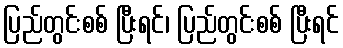
ပြည်တွင်းစစ် ပြီးရင်၊ ပြည်တွင်းစစ် ပြီးရင်